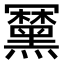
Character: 𪒍